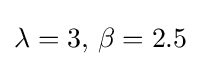
\lambda =3,\,\beta =2.5